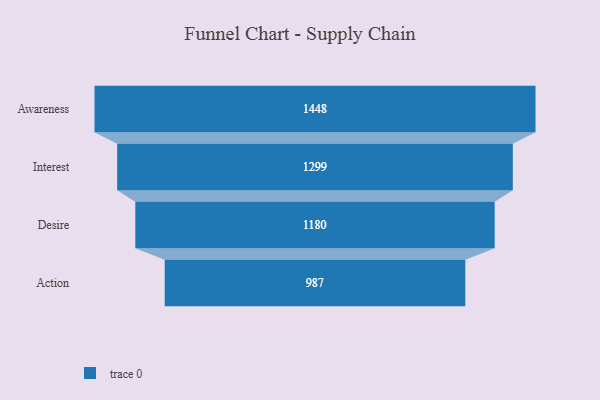
{"axis": {"x": "Stage", "y": "Value"}, "legend": [""], "data": [{"x": "Awareness", "y": 1448.0, "type": ""}, {"x": "Interest", "y": 1299.0, "type": ""}, {"x": "Desire", "y": 1180.0, "type": ""}, {"x": "Action", "y": 987.0, "type": ""}]}